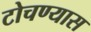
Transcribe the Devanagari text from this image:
टोचण्यास